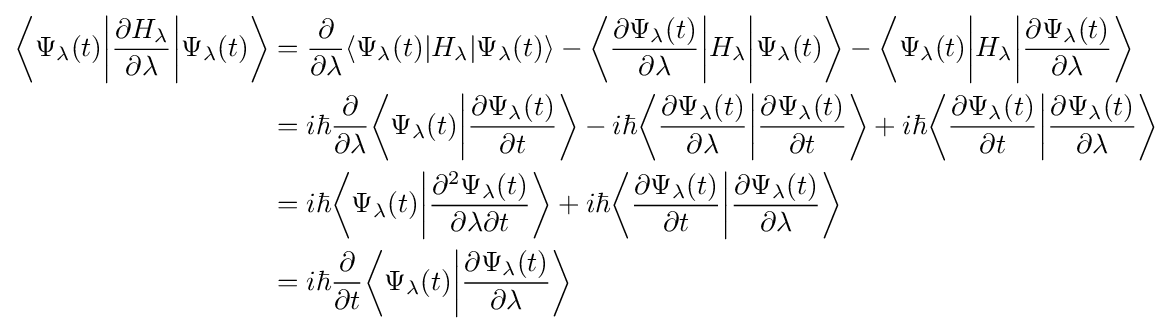
{\begin{aligned}{\bigg \langle }\Psi _{\lambda }(t){\bigg |}{\frac {\partial H_{\lambda }}{\partial \lambda }}{\bigg |}\Psi _{\lambda }(t){\bigg \rangle }&={\frac {\partial }{\partial \lambda }}\langle \Psi _{\lambda }(t)|H_{\lambda }|\Psi _{\lambda }(t)\rangle -{\bigg \langle }{\frac {\partial \Psi _{\lambda }(t)}{\partial \lambda }}{\bigg |}H_{\lambda }{\bigg |}\Psi _{\lambda }(t){\bigg \rangle }-{\bigg \langle }\Psi _{\lambda }(t){\bigg |}H_{\lambda }{\bigg |}{\frac {\partial \Psi _{\lambda }(t)}{\partial \lambda }}{\bigg \rangle }\\&=i\hbar {\frac {\partial }{\partial \lambda }}{\bigg \langle }\Psi _{\lambda }(t){\bigg |}{\frac {\partial \Psi _{\lambda }(t)}{\partial t}}{\bigg \rangle }-i\hbar {\bigg \langle }{\frac {\partial \Psi _{\lambda }(t)}{\partial \lambda }}{\bigg |}{\frac {\partial \Psi _{\lambda }(t)}{\partial t}}{\bigg \rangle }+i\hbar {\bigg \langle }{\frac {\partial \Psi _{\lambda }(t)}{\partial t}}{\bigg |}{\frac {\partial \Psi _{\lambda }(t)}{\partial \lambda }}{\bigg \rangle }\\&=i\hbar {\bigg \langle }\Psi _{\lambda }(t){\bigg |}{\frac {\partial ^{2}\Psi _{\lambda }(t)}{\partial \lambda \partial t}}{\bigg \rangle }+i\hbar {\bigg \langle }{\frac {\partial \Psi _{\lambda }(t)}{\partial t}}{\bigg |}{\frac {\partial \Psi _{\lambda }(t)}{\partial \lambda }}{\bigg \rangle }\\&=i\hbar {\frac {\partial }{\partial t}}{\bigg \langle }\Psi _{\lambda }(t){\bigg |}{\frac {\partial \Psi _{\lambda }(t)}{\partial \lambda }}{\bigg \rangle }\end{aligned}}